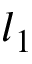
l _ { 1 }